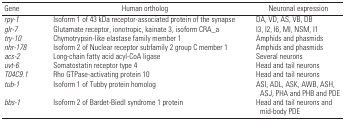
| Gene | Human ortholog | Neuronal expression |
 | --- | --- | --- |
 | rpy-1 | Isoform 1 of 43 kDa receptor-associated protein of the synapse | DA, VD, AS, VB, DB |
 | glr-7 | Glutamate receptor, ionotropic, kainate 3, isoform CRA_a | I3, I2, I6, MI, NSM, I1 |
 | try-10 | Chymotrypsin-like elastase family member 1 | Amphids and phasmids |
 | nhr-178 | Isoform 2 of Nuclear receptor subfamily 2 group C member 1 | Amphids and phasmids |
 | acs-2 | Long-chain fatty acid acyl-CoA ligase | Several neurons |
 | uvt-6 | Somatostatin receptor type 4 | Head and tail neurons |
 | T04C9.1 | Rho GTPase-activating protein 10 | Head and tail neurons |
 | tub-1 | Isoform 1 of Tubby protein homolog | ASI, ADL, ASK, AWB, ASH, ASJ, PHA and PHB and PDE |
 | bbs-1 | Isoform 2 of Bardet-Biedl syndrome 1 protein | Head and tail neurons and mid-body PDE |